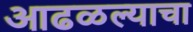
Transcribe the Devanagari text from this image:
आढळल्याचा